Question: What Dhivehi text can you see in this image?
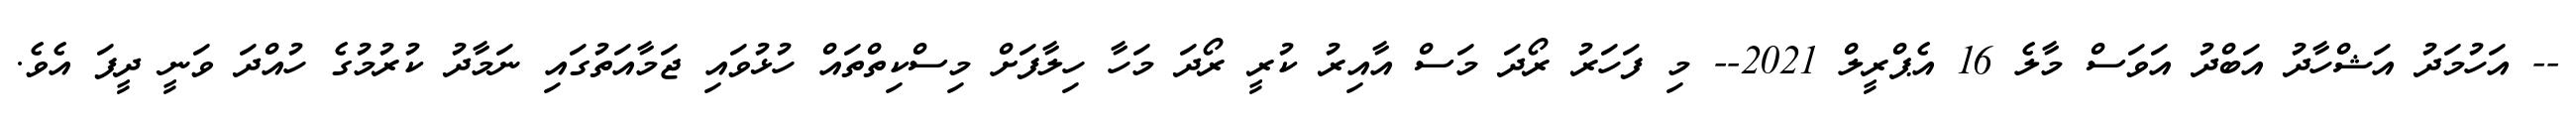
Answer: -- އަހުމަދު އަޝްހާދު އަބްދު އަވަސް މާލެ 16 އެޕްރީލް 2021-- މި ފަހަރު ރޯދަ މަސް އާއިރު ކުރީ ރޯދަ މަހާ ހިލާފަށް މިސްކިތްތައް ހުޅުވައި ޖަމާއަތުގައި ނަމާދު ކުރުމުގެ ހުއްދަ ވަނީ ދީފަ އެވެ.